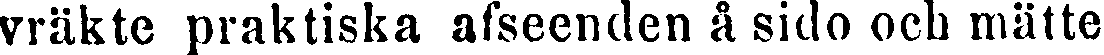
vräkte praktiska afseenden å sido och mätte